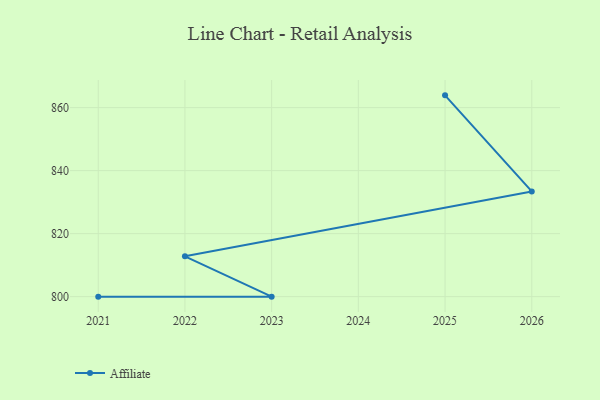
{"axis": {"x": "Year", "y": "Population (Million)"}, "legend": ["Affiliate"], "data": [{"x": "2025", "y": 863.9, "type": "Affiliate"}, {"x": "2026", "y": 833.4, "type": "Affiliate"}, {"x": "2022", "y": 812.8, "type": "Affiliate"}, {"x": "2023", "y": 800, "type": "Affiliate"}, {"x": "2021", "y": 800, "type": "Affiliate"}]}